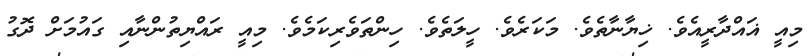
މިއީ ޣައްދާރީއެވެ. ޚިޔާނާތެވެ. މަކަރެވެ. ހީލަތެވެ. ހިންތަވެރިކަމެވެ. މިއީ ރައްޔިތުންނާއި ގައުމަށް ދޮގު